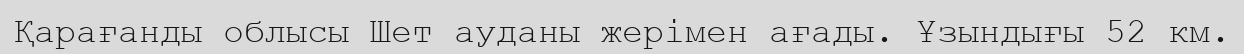
Қарағанды облысы Шет ауданы жерімен ағады. Ұзындығы 52 км.